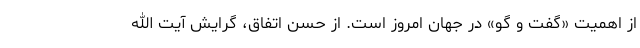
از اهمیت «گفت و گو» در جهان امروز است. از حسن اتفاق، گرایش آیت الله